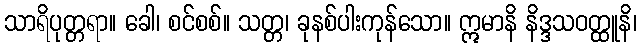
သာရိပုတ္တရာ။ ခေါ၊ စင်စစ်။ သတ္တ၊ ခုနစ်ပါးကုန်သော။ ဣမာနိ နိဒ္ဒသဝတ္ထူနိ၊